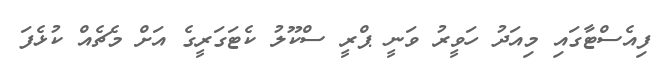
ފިއެސްޓާގައި މިއަދު ހަވީރު ވަނީ ޕްރީ ސްކޫލު ކެޓަގަރީގެ އަށް މެޗެއް ކުޅެފަ